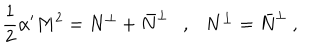
\frac { 1 } { 2 } \alpha ^ { \prime } M ^ { 2 } = N ^ { \perp } + \bar { N } ^ { \perp } \ \ \ , \ \ \ N ^ { \perp } = \bar { N } ^ { \perp } \ ,